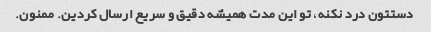
دستتون درد نکنه، تو این مدت همیشه دقیق و سریع ارسال کردین. ممنون.